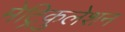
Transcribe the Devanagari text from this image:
मेट्रिकुलेशन